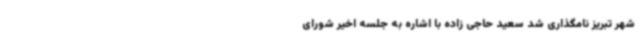
شهر تبریز نامگذاری شد سعید حاجی زاده با اشاره به جلسه اخیر شورای